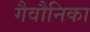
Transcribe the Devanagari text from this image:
गैवौनिका